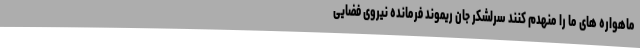
ماهواره های ما را منهدم کنند سرلشکر جان ریموند فرمانده نیروی فضایی